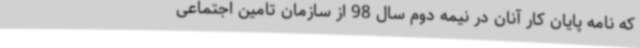
که نامه پایان کار آنان در نیمه دوم سال 98 از سازمان تامین اجتماعی